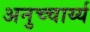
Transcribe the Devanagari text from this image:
अनुच्चार्य्य